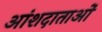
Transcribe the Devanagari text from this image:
आंशदाताओं